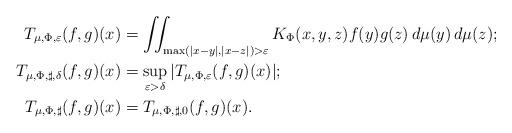
LaTeX: \begin{align*}T_{\mu, \Phi, \varepsilon}(f,g)(x) &= \iint_{\max(|x-y|, |x-z|) > \varepsilon} K_{\Phi}(x,y,z) f(y) g(z)\,d\mu(y)\,d\mu(z); \\T_{\mu, \Phi, \sharp, \delta}(f,g)(x) &= \sup_{\varepsilon > \delta} |T_{\mu, \Phi, \varepsilon}(f,g)(x)|; \\T_{\mu, \Phi, \sharp}(f,g)(x) &= T_{\mu, \Phi, \sharp, 0}(f,g)(x).\end{align*}